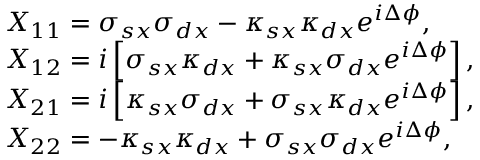
\begin{array} { r l } & { X _ { 1 1 } = \sigma _ { s x } \sigma _ { d x } - \kappa _ { s x } \kappa _ { d x } e ^ { i \Delta \phi } , } \\ & { X _ { 1 2 } = i \left[ \sigma _ { s x } \kappa _ { d x } + \kappa _ { s x } \sigma _ { d x } e ^ { i \Delta \phi } \right] , } \\ & { X _ { 2 1 } = i \left[ \kappa _ { s x } \sigma _ { d x } + \sigma _ { s x } \kappa _ { d x } e ^ { i \Delta \phi } \right] , } \\ & { X _ { 2 2 } = - \kappa _ { s x } \kappa _ { d x } + \sigma _ { s x } \sigma _ { d x } e ^ { i \Delta \phi } , } \end{array}